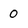
Character: 0